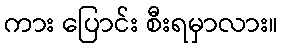
ကား ပြောင်း စီးရမှာလား။